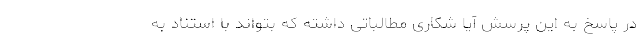
در پاسخ به این پرسش آیا شکاری مطالباتی داشته که بتواند با استناد به